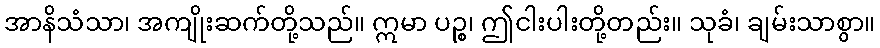
အာနိသံသာ၊ အကျိုးဆက်တို့သည်။ ဣမာ ပဉ္စ၊ ဤငါးပါးတို့တည်း။ သုခံ၊ ချမ်းသာစွာ။